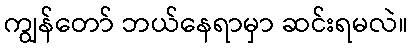
ကျွန်တော် ဘယ်နေရာမှာ ဆင်းရမလဲ။